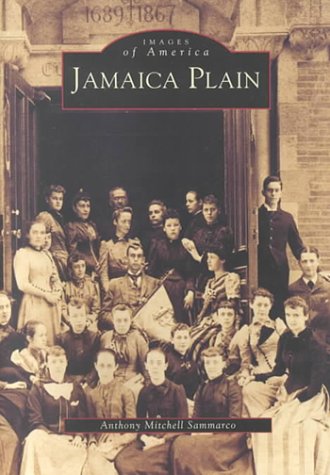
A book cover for Jamaica Plain; Anthony Mitchell Sammarco; Travel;